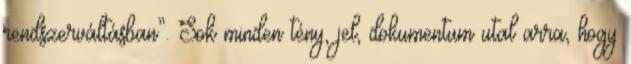
rendszerváltásban”. Sok minden tény, jel, dokumentum utal ar­ra, hogy